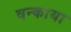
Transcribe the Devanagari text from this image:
वन्काया